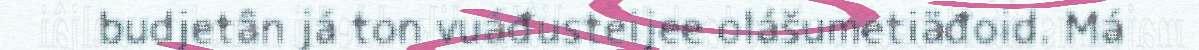
budjetân já ton vuáđusteijee olášumetiäđoid. Má